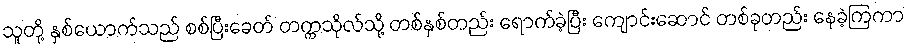
သူတို့ နှစ်ယောက်သည် စစ်ပြီးခေတ် တက္ကသိုလ်သို့ တစ်နှစ်တည်း ရောက်ခဲ့ပြီး ကျောင်းဆောင် တစ်ခုတည်း နေခဲ့ကြကာ